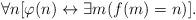
LaTeX: \begin{align*}\forall n [\varphi(n) \leftrightarrow \exists m (f(m)=n)].\end{align*}